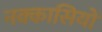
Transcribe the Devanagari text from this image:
नक्‍कासियों